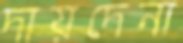
দায়দেনা